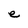
Character: e